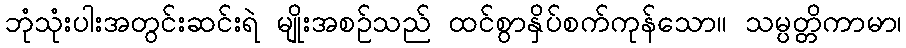
ဘုံသုံးပါးအတွင်းဆင်းရဲ မျိုးအစဉ်သည် ထင်စွာနှိပ်စက်ကုန်သော။ သမ္ပတ္တိကာမာ၊